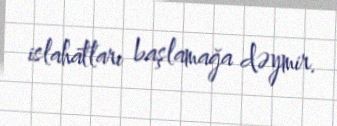
islahatları başlamağa dəymir.